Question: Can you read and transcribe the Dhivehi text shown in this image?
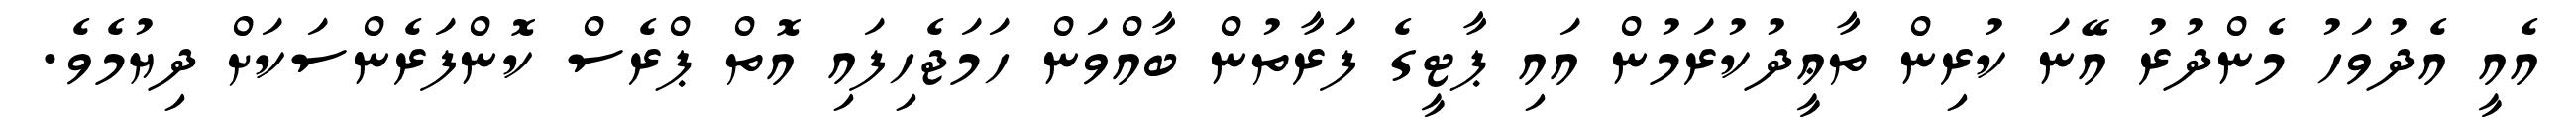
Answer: އެއީ އެދުވަހު މެންދުރު އޭނަ ކުރިން ތާޢީދުކުރަމުން އައި ޕާޓީގެ ފަރާތުން ބާއްވަން ހަމަޖެހިފައި އޮތް ޕްރެސް ކޮންފަރެންސަކަށް ދިޔުމެވެ.